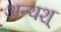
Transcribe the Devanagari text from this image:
अन्यश्